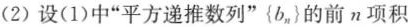
(2)设(1)中”平方递推数列”{b_n}的前n项积